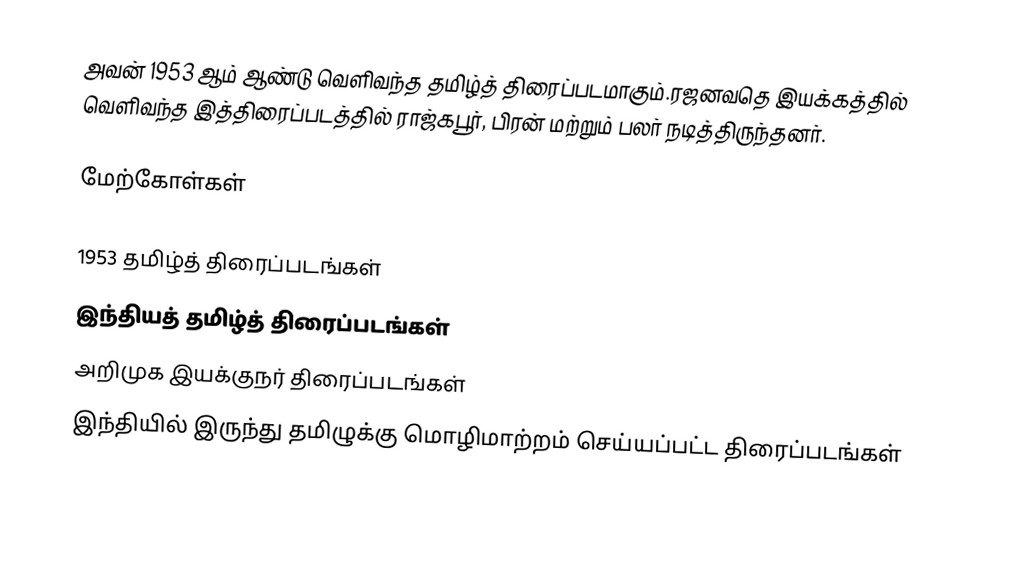
அவன் 1953 ஆம் ஆண்டு வெளிவந்த தமிழ்த் திரைப்படமாகும்.ரஜனவதெ இயக்கத்தில் வெளிவந்த இத்திரைப்படத்தில் ராஜ்கபூர், பிரன் மற்றும் பலர் நடித்திருந்தனர்.

மேற்கோள்கள்

1953 தமிழ்த் திரைப்படங்கள்
இந்தியத் தமிழ்த் திரைப்படங்கள்
அறிமுக இயக்குநர் திரைப்படங்கள்
இந்தியில் இருந்து தமிழுக்கு மொழிமாற்றம் செய்யப்பட்ட திரைப்படங்கள்